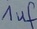
Text: 1µf